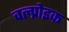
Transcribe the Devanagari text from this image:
वल्प्रोइक